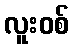
လူးဝစ်